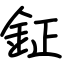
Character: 鉦